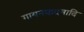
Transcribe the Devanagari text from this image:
गायनवादनादि